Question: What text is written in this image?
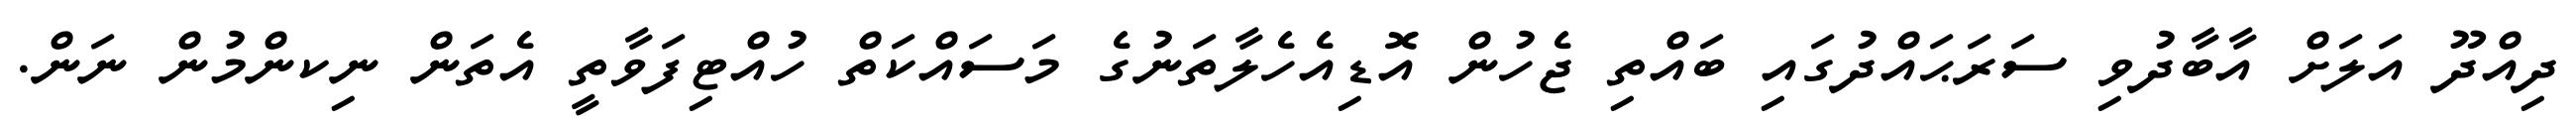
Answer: ދިއްދޫ އަލަށް އާބާދުވި ސަރަޙައްދުގައި ބައްތި ޖެހުން އޮޑިއެހެލާތަނުގެ މަސައްކަތް ހުއްޓިފަވާތީ އެތަން ނިކންމުން ނަން.